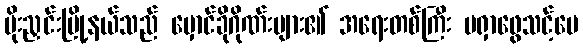
မိုးညှင်းမြို့နယ်သည် မှောင်ခိုဂိုဏ်းများ၏ အရေးတစ်ကြီး မရှာဖွေသင့်ပေ